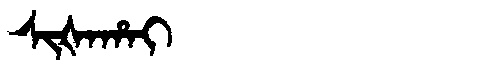
Manchu: ᠰᡳᡧᠠᡥᠠᡳ
Romanization: SIŠAHAI